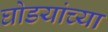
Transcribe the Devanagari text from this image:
घोडयांच्या